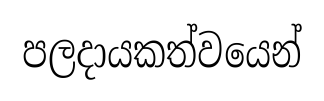
පලදායකත්වයෙන්